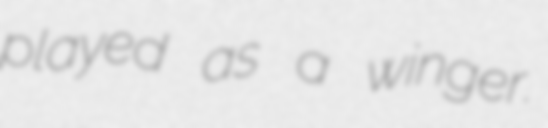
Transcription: played as a winger.